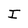
Character: I